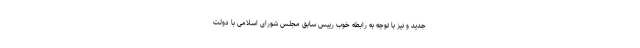
جدید و نیز با توجه به رابطه خوب رییس سابق مجلس شورای اسلامی با دولت